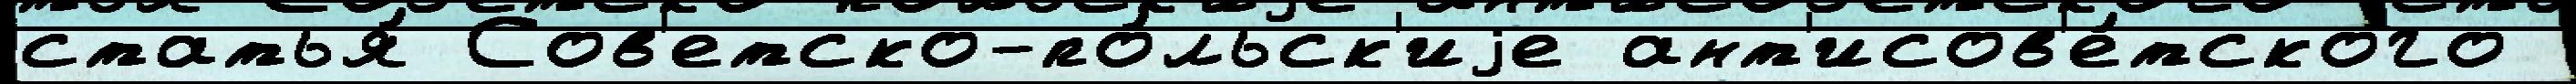
статья́ Сов'етско-по́льск'иjе ант'исов'е́тского